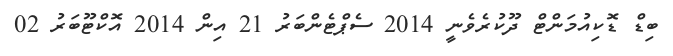
ބިޑް ޑޮކިއުމަންޓް ދޫކުރެވެނީ 2014 ސެޕްޓެންބަރު 21 އިން 2014 އޮކްޓޫބަރު 02